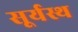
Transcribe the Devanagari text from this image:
सूर्यस्थ